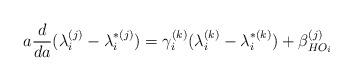
LaTeX: \begin{align*}a \frac{d}{da} (\lambda_i^{(j)}-\lambda_i^{*(j)}) = \gamma_i^{(k)} (\lambda_i^{(k)}-\lambda_i^{*(k)}) + \beta_{HO_i}^{(j)}\end{align*}